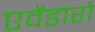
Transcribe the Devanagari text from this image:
एवेंडारो